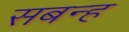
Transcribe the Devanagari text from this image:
सबन्ह